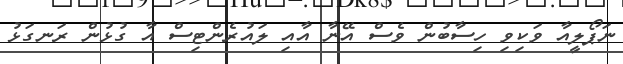
ނަޕޯލީއާ ވަކިވި ހިސާބުން ވެސް އޭނާ އާއި ލައުރެންޓިސް އާ ގުޅުން ރަނގަޅު